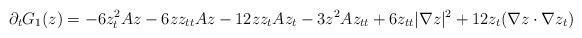
LaTeX: \begin{align*}\partial_{t}G_1(z)=-6z_t^2Az-6zz_{tt} Az-12z z_t A z_t -3z^2 Az_{tt} +6z_{tt} |\nabla z|^2+12z_t(\nabla z \cdot \nabla z_t)\end{align*}